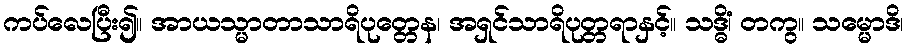
ကပ်လေပြီး၍။ အာယသ္မာတာသာရိပုတ္တေန၊ အရှင်သာရိပုတ္တရာနှင့်။ သဒ္ဓိံ၊ တကွ။ သမ္မောဒိ၊